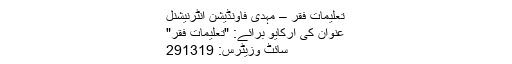
تعلیمات فقر – مہدی فاوٗنڈیشن انٹرنیشنل
عنوان کی آرکایو برائے: "تعلیمات فقر"
سائٹ وزیٹرس: 291319